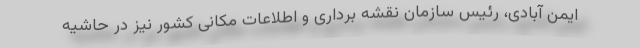
ایمن آبادی، رئیس سازمان نقشه برداری و اطلاعات مکانی کشور نیز در حاشیه